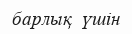
барлық  үшін